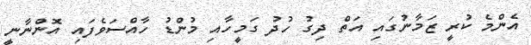
އެންމެ ކުރީ ޒަމާނުގައި އަތް ދިގު ހުދު ގަމީހާއި މުންޑު ހާއްސަވެފައި އޮންނާނީ